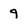
Character: 9